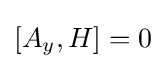
[{{A}_{y}},H]=0